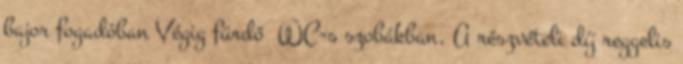
bajor fogadóban Végig fürdő WC-s szobákban. A részvételi díj reggelis